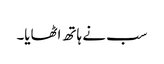
سب نے ہاتھ اٹھایا۔